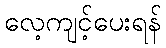
လေ့ကျင့်ပေးရန်